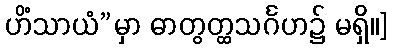
ဟိံသာယံ”မှာ ဓာတွတ္ထသင်္ဂဟ၌ မရှိ။]